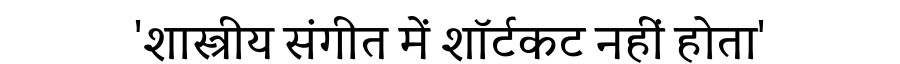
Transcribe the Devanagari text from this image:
'शास्त्रीय संगीत में शॉर्टकट नहीं होता'